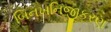
બિનખનિજીકરણ